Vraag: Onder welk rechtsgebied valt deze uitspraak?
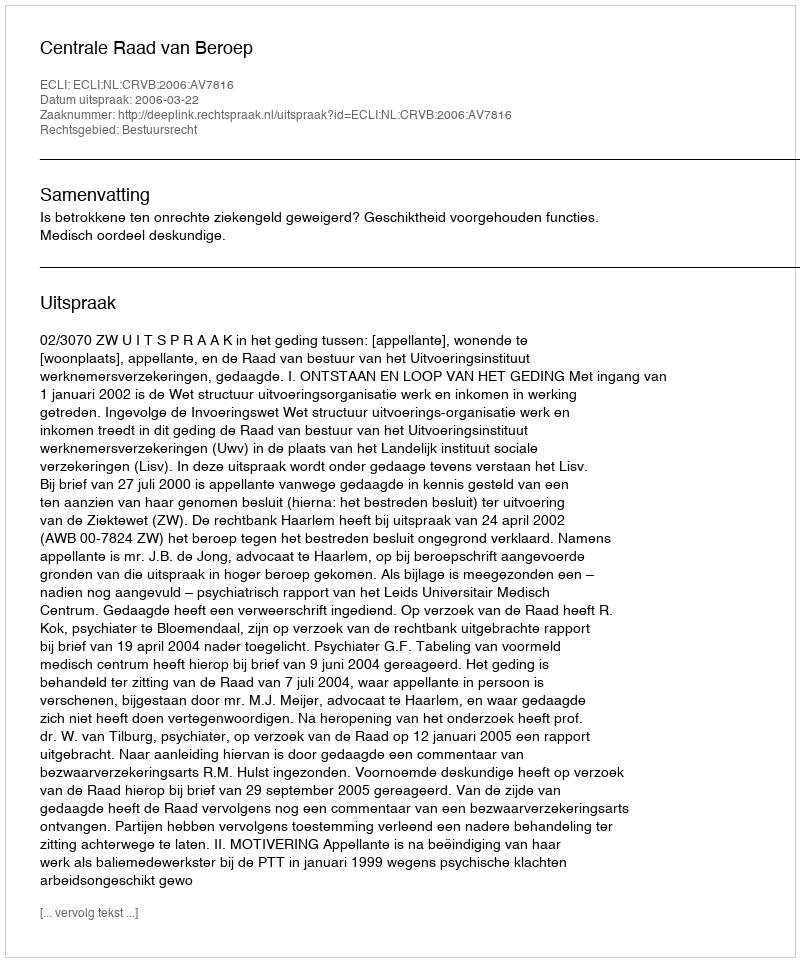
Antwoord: Bestuursrecht